Annual report of the Imperial Bacteriologist
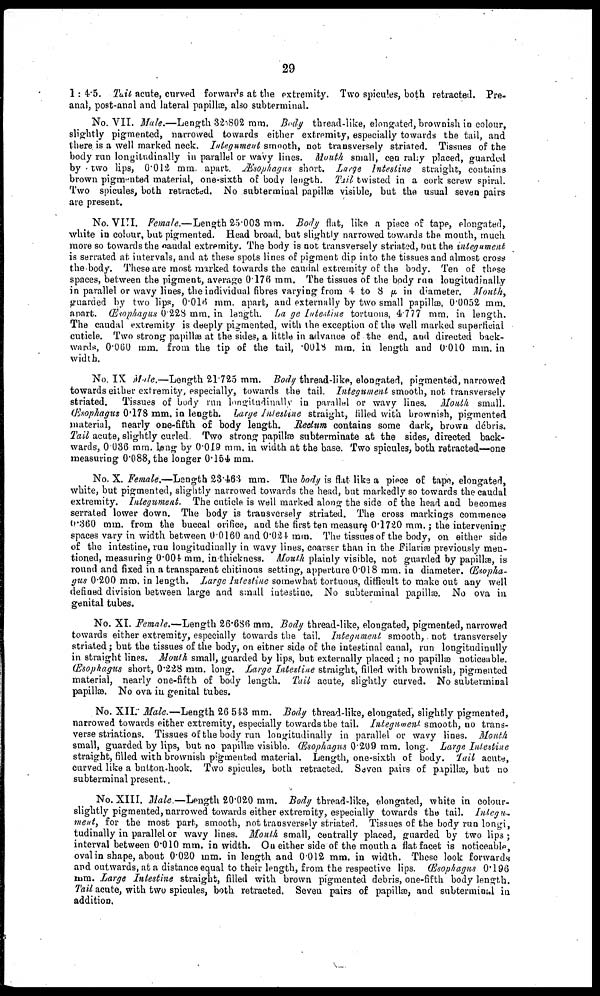
29
1: 4.5. Tail acute, curved forwards at the extremity. Two spicules, both retracted. Pre-
anal, post-anal and lateral papillæ, also subterminal.
No. VII. Male.—Length 32.802 mm. Body thread-like, elongated, brownish in colour,
slightly pigmented, narrowed towards either extremity, especially towards the tail, and
there is a well marked neck. Integument smooth, not transversely striated. Tissues of the
body run longitudinally in parallel or wavy lines. Mouth small, cen raly placed, guarded
by two lips, 0.012 mm. apart. Æsophagus short. Large Intestine straight, contains
brown pigmented material, one-sixth of body length. Tail twisted in a cork screw spiral.
Two spicules, both retracted. No subterminal papillæ visible, but the usual seven pairs
are present.
No. VIII. Female.—Length 25.003 mm. Body flat, like a piece of tape, elongated,
white in colour, but pigmented. Head broad, but slightly narrowed towards the mouth, much
more so towards the caudal extremity. The body is not transversely striated, but the integument
is serrated at intervals, and at these spots lines of pigment dip into the tissues and almost cross
the body. These are most marked towards the caudal extremity of the body. Ten of these
spaces, between the pigment, average 0.176 mm. The tissues of the body run longitudinally
in parallel or wavy lines, the individual fibres varying from 4 to 8 μ in diameter. Mouth,
guarded by two lips, 0.016mm. apart, and externally by two small papillæ, 0.0052 mm.
apart. Œsophagus 0.228 mm. in length. Large Intestine tortuous, 4.777 mm. in length.
The caudal extremity is deeply pigmented, with the exception of the well marked superficial
cuticle. Two strong papillæ at the sides, a little in advance of the end, and directed back-
wards, 0.060 mm. from the tip of the tail, .0018 mm. in length and 0.010 mm. in
width.
No. IX Male.—Length 21.725 mm. Body thread-like, elongated, pigmented, narrowed
towards either extremity, especially, towards the tail. Integument smooth, not transversely
striated. Tissues of body run longitudinally in parallel or wavy lines. Mouth small.
Œsophagus 0.178 mm. in length. Large Intestine straight, filled with brownish, pigmented
material, nearly one-fifth of body length. Rectum contains some dark, brown débris.
Tail acute, slightly curled. Two strong papillæ subterminate at the sides, directed back-
wards, 0.036 mm. long by 0.019 mm. in width at the base. Two spicules, both retracted—one
measuring 0.088, the longer 0.154 mm.
No. X. Female.—Length 23.463 mm. The body is flat like a piece of tape, elongated,
white, but pigmented, slightly narrowed towards the head, but markedly so towards the caudal
extremity. Integument. The cuticle is well marked along the side of the head and becomes
serrated lower down. The body is transversely striated. The cross markings commence
0.360 mm. from the buccal orifice, and the first ten measure, 0.1720 mm.; the intervening
spaces vary in width between 0.0160 and 0.024 mm. The tissues of the body, on either side
of the intestine, run longitudinally in wavy lines, coarser than in the filariæ previously men-
tioned, measuring 0.004 mm. in thickness. Mouth plainly visible, not guarded by papillæ, is
round and fixed in a transparent chitinous setting, apperture 0.018 mm. in diameter. Œsopha-
gus 0.200 mm. in length. Large Intestine somewhat tortuous, difficult to make out any well
defined division between large and small intestine. No subterminal papillæ. No ova in
genital tubes.
No. XI. Female.—Length 26.686 mm. Body thread-like, elongated, pigmented, narrowed
towards either extremity, especially towards the tail. Integument smooth,. not transversely
striated; but the tissues of the body, on either side of the intestinal canal, run longitudinully
in straight lines. Mouth small, guarded by lips, but externally placed ; no papillæ noticeable.
Œsophagus short, 0.228 mm. long. Large Intestine straight, filled with brownish, pigmented
material, nearly one-fifth of body length. Tail acute, slightly curved. No subterminal
papillæ. No ova in genital tubes.
No. XII. Male.—Length 26.543 mm. Body thread-like, elongated, slightly pigmented,
narrowed towards either extremity, especially towards the tail. Integument smooth, no trans-
verse striations. Tissues of the body run longitudinally in parallel or wavy lines. Mouth
small, guarded by lips, but no papillæ visible. Œsophagus 0.209 mm. long. Large Intestine
straight, filled with brownish pigmented material. Length, one-sixth of body. Tail acute,
curved like a button-hook. Two spicules, both retracted. Seven pairs of papillæ, but no
subterminal present.
No. XIII. Male.—Length 20.020 mm. Body thread-like, elongated, white in colour-
slightly pigmented, narrowed towards either extremity, especially towards the tail. Integu-
ment, for the most part, smooth, not transversely striated. Tissues of the body run longi,
tudinally in parallel or wavy lines. Mouth small, centrally placed, guarded by two lips ;
interval between 0.010 mm. in width. On either side of the mouth a flat facet is noticeable,
oval in shape, about 0.020 mm. in length and 0.012 mm. in width. These look forwards
and outwards, at a distance equal to their length, from the respective lips. Œsophagus 0.196
mm. Large Intestine straight, filled with brown pigmented debris, one-fifth body length.
Tail acute, with two spicules, both retracted. Seven pairs of papillæ, and subterminal in
addition.